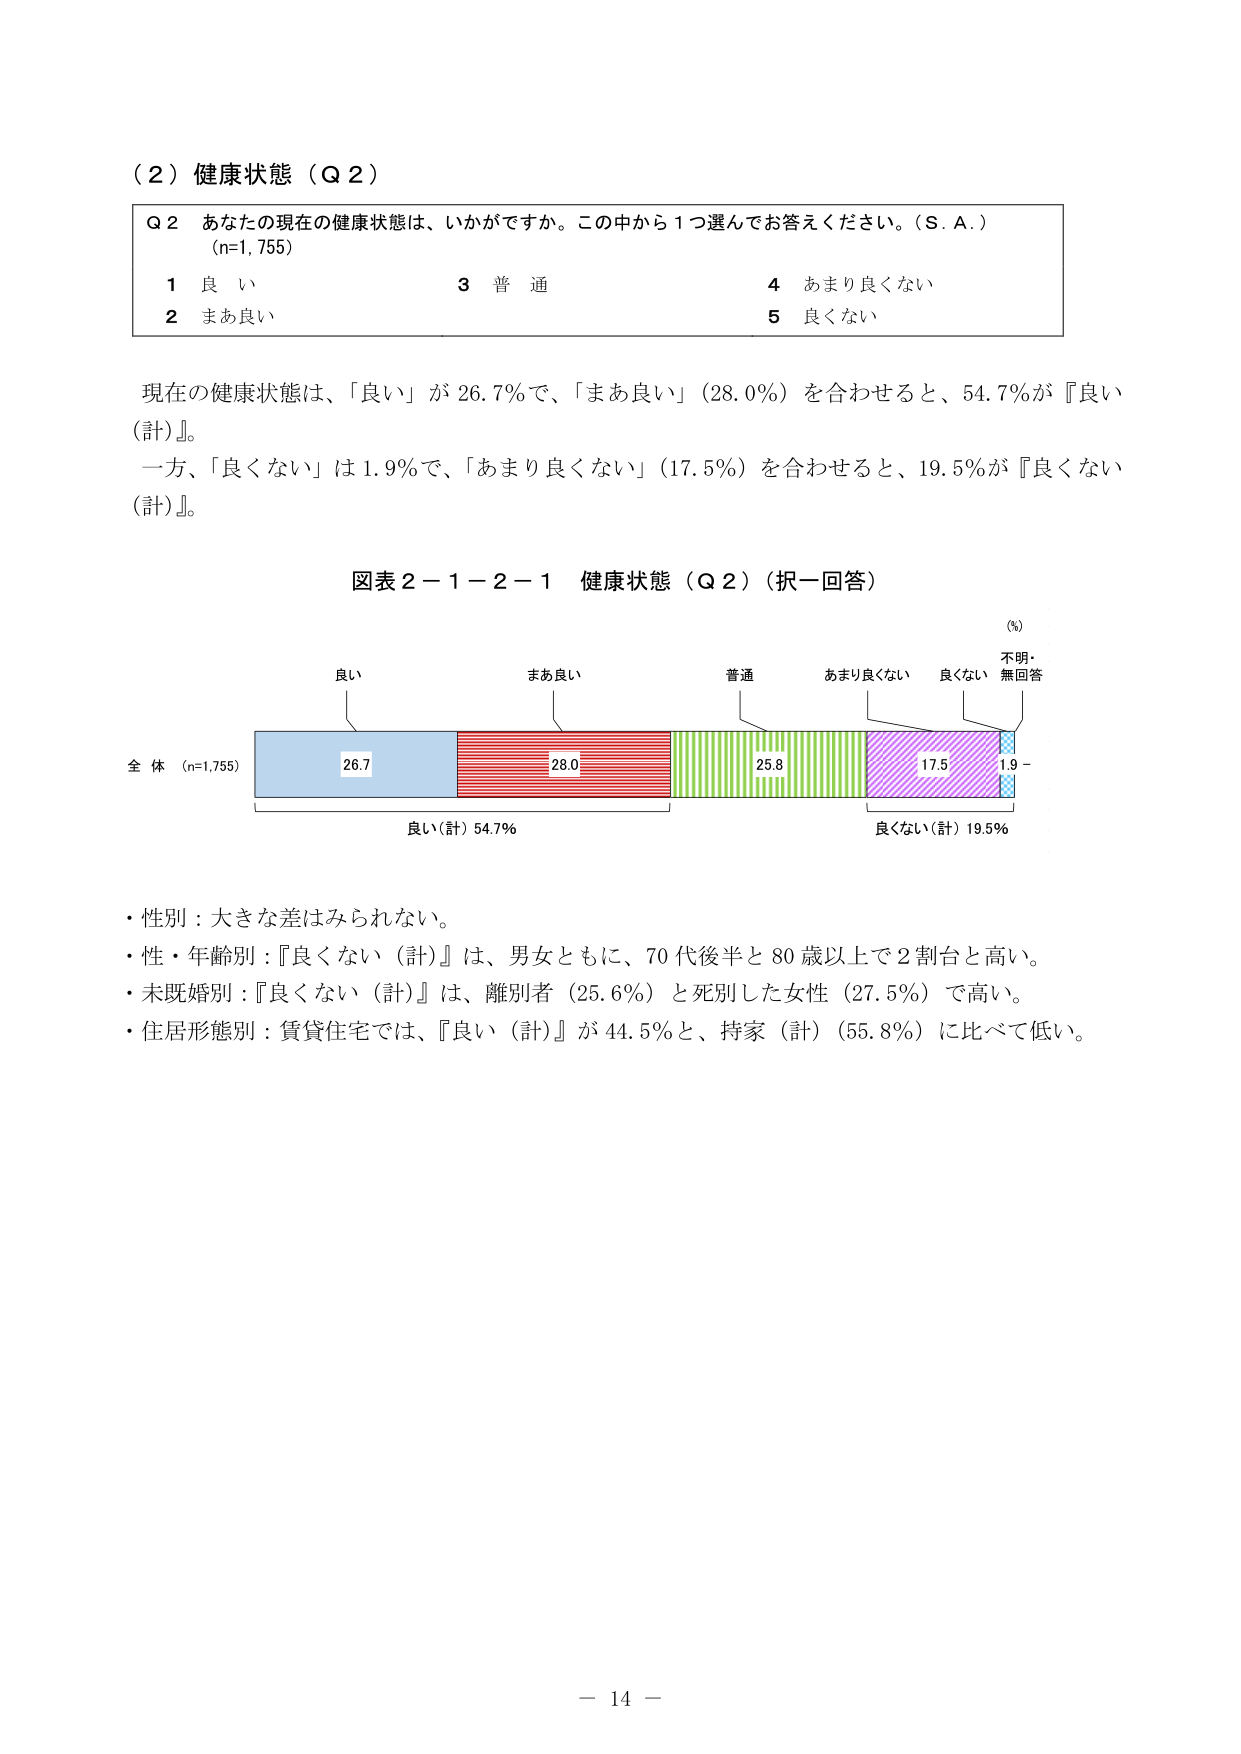
（２）健康状態（Ｑ２）

Ｑ２ あなたの現在の健康状態は、いかがですか。この中から１つ選んでお答えください。（Ｓ．Ａ．）
（n=1,755）
１ 良い
２ まあ良い
３ 普通
４ あまり良くない
５ 良くない

現在の健康状態は、「良い」が26.7％で、「まあ良い」（28.0％）を合わせると、54.7％が『良い（計）』。
一方、「良くない」は1.9％で、「あまり良くない」（17.5％）を合わせると、19.5％が『良くない（計）』。

図表２－１－２－１ 健康状態（Ｑ２）（択一回答）

（％）
不明・
無回答
良い
まあ良い
普通
あまり良くない
良くない

全体（n=1,755）
26.7
28.0
25.8
17.5
1.9

良い（計）54.7％
良くない（計）19.5％

・性別：大きな差はみられない。
・性・年齢別：『良くない（計）』は、男女ともに、70代後半と80歳以上で2割台と高い。
・未既婚別：『良くない（計）』は、離別者（25.6％）と死別した女性（27.5％）で高い。
・住居形態別：賃貸住宅では、『良い（計）』が44.5％と、持家（計）（55.8％）に比べて低い。

－ 14 －